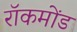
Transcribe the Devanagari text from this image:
रॉकमोंड